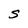
Character: S